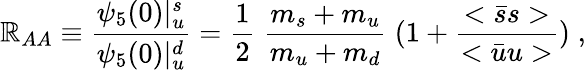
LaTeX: \mathbb{R}_{AA}\equiv\frac{{\psi_{5}(0)|_{u}^{s}}}{{\psi_{5}(0)|_{u}^{d}}}=\frac{{1}}{{2}}\; \frac{{m_{s}+m_{u}}}{{m_{u}+m_{d}}}\; (1+\frac{{<\bar{{s}}s>}}{{<\bar{{u}}u>}})\; ,